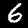
Digit: 6